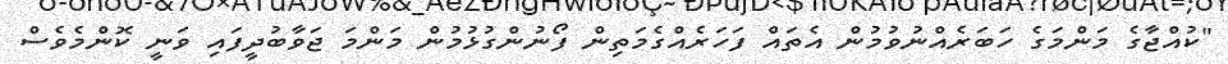
"ކުއްޖާގެ މަންމަގެ ހަބަރެއްނުވުމުން އެތައް ފަހަރެއްގެމަތިން ފޯނުންގުޅުމުން މަންމަ ޖަވާބުދީފައި ވަނީ ކޮންމެވެސް